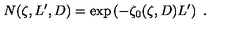
N ( \zeta , L ^ { \prime } , D ) = \exp \left( - \zeta _ { 0 } ( \zeta , D ) L ^ { \prime } \right) \ .